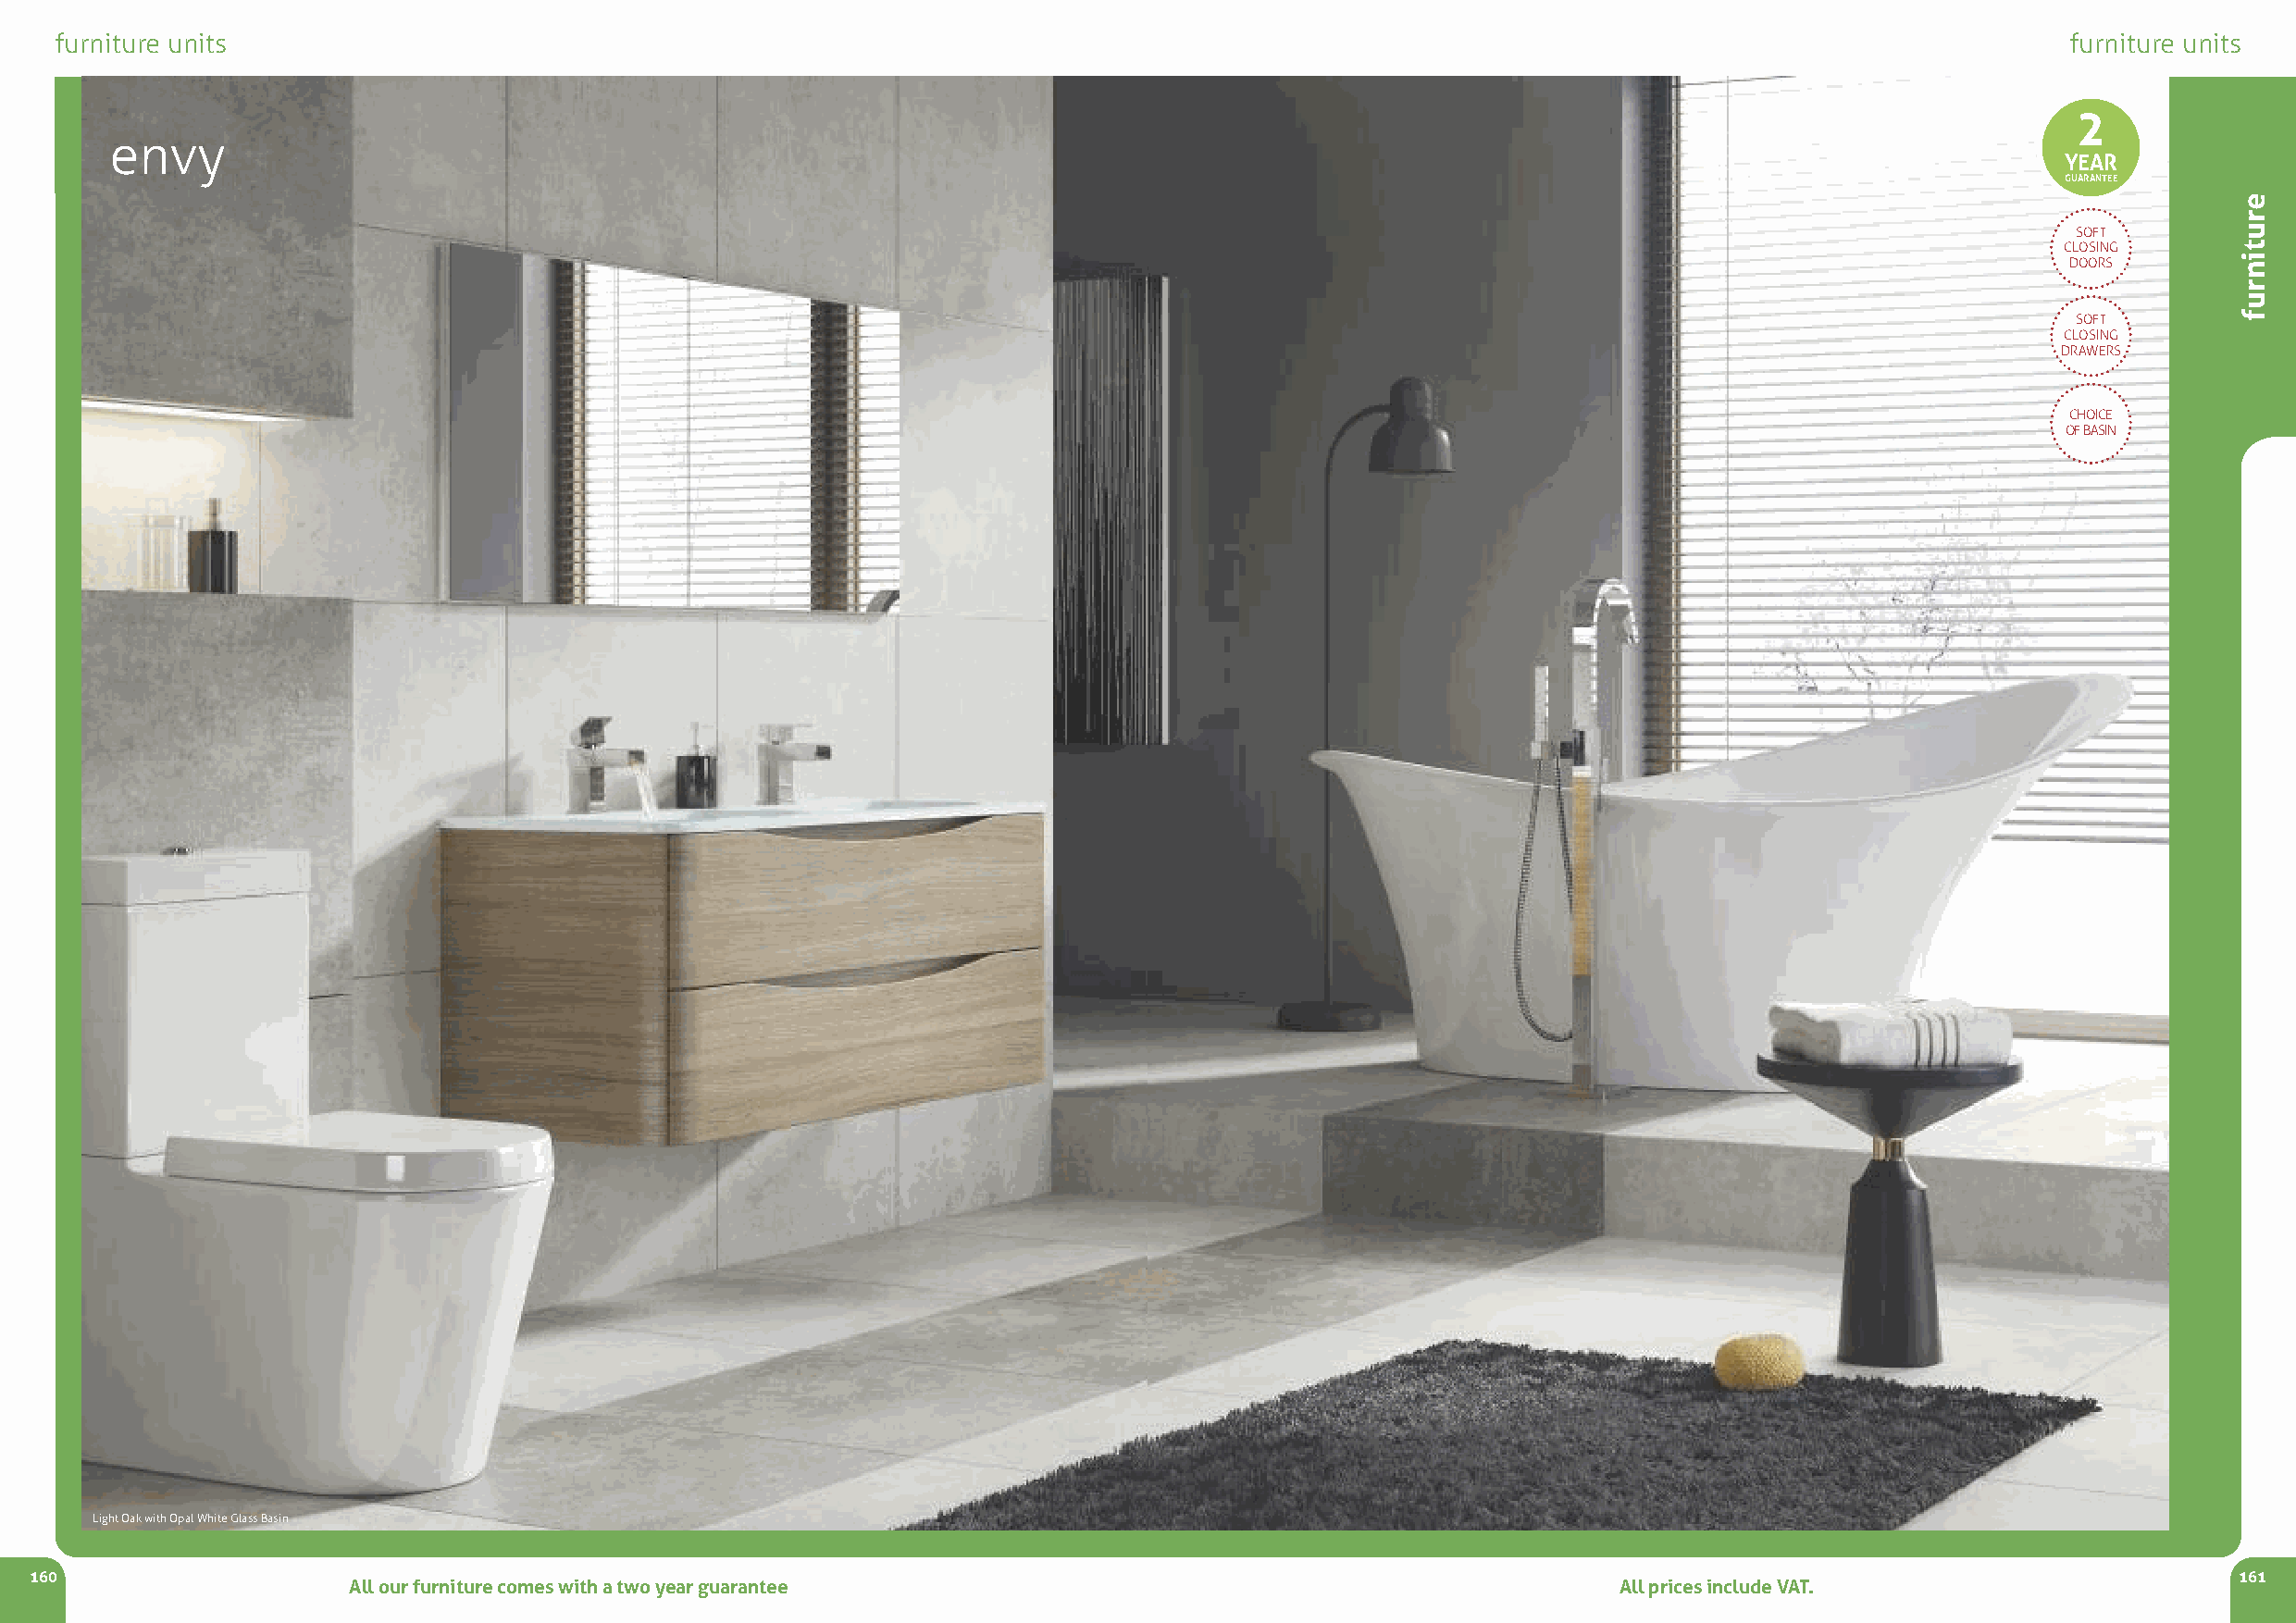
furniture units                                                                                                                                 furniture units
 2
 envy
 YEAR
 GUARANTEE
 SOFT
 CLOSING
 DOORS
 SOFT
 CLOSING
 DRAWERS
 CHOICE
 OF BASIN
 Light Oak with Opal White Glass Basin
 160                                                                                                                                                           161
 All our furniture comes with a two year guarantee                                          All prices include VAT.
 erutinruf